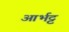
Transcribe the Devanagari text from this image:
आर्भट्ट